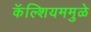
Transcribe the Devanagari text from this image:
कॅल्शियममुळे